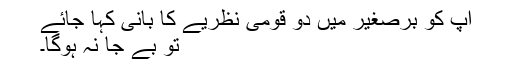
آپ کو برصغیر میں دو قومی نظریے کا بانی کہا جائے
تو بے جا نہ ہوگا۔